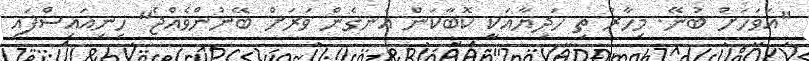
"އަވަހަށް ބުނޭ. މިހާރު ތި ހަދިޔާއަކީ ކޮބާކަން އެނގެން ވަރަށް ބޭނުންވެއްޖެ" ހިނިއައިސްފައި